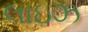
લાઇઝ